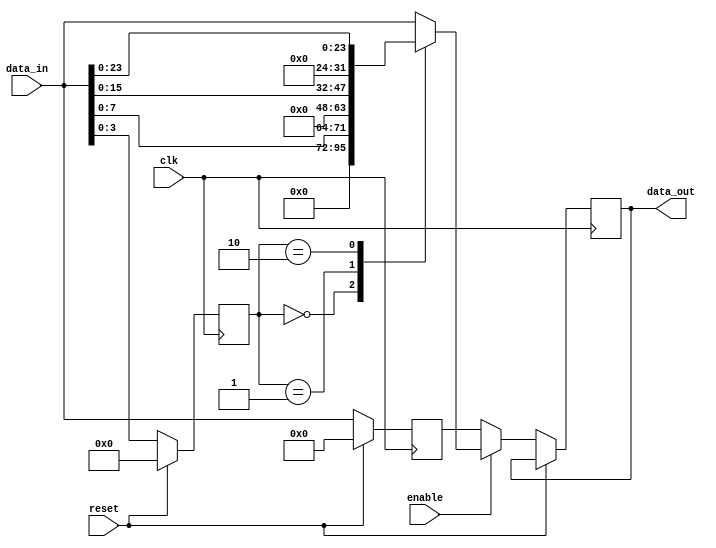
module variable_width_bypass_register
(
    input wire clk,
    input wire reset,
    input wire enable,
    input wire [31:0] data_in,
    output reg [31:0] data_out
);

reg [3:0] width;
reg [31:0] sync_data;

always @(posedge clk) begin
    if (reset) begin
        width <= 0;
        sync_data <= 0;
    end else begin
        if (enable) begin
            case(width)
                4'b0000: data_out <= data_in[7:0]; // 8-bit width
                4'b0001: data_out <= data_in[15:0]; // 16-bit width
                4'b0010: data_out <= data_in[23:0]; // 24-bit width
                4'b0011: data_out <= data_in; // 32-bit width
                default: data_out <= data_in; // Default to 32-bit width
            endcase
        end else begin
            data_out <= sync_data;
        end
        
        width <= data_in[3:0];
        sync_data <= data_in;
    end
end

endmodule